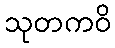
သုတကဝိ